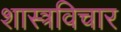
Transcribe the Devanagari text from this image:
शास्त्रविचार